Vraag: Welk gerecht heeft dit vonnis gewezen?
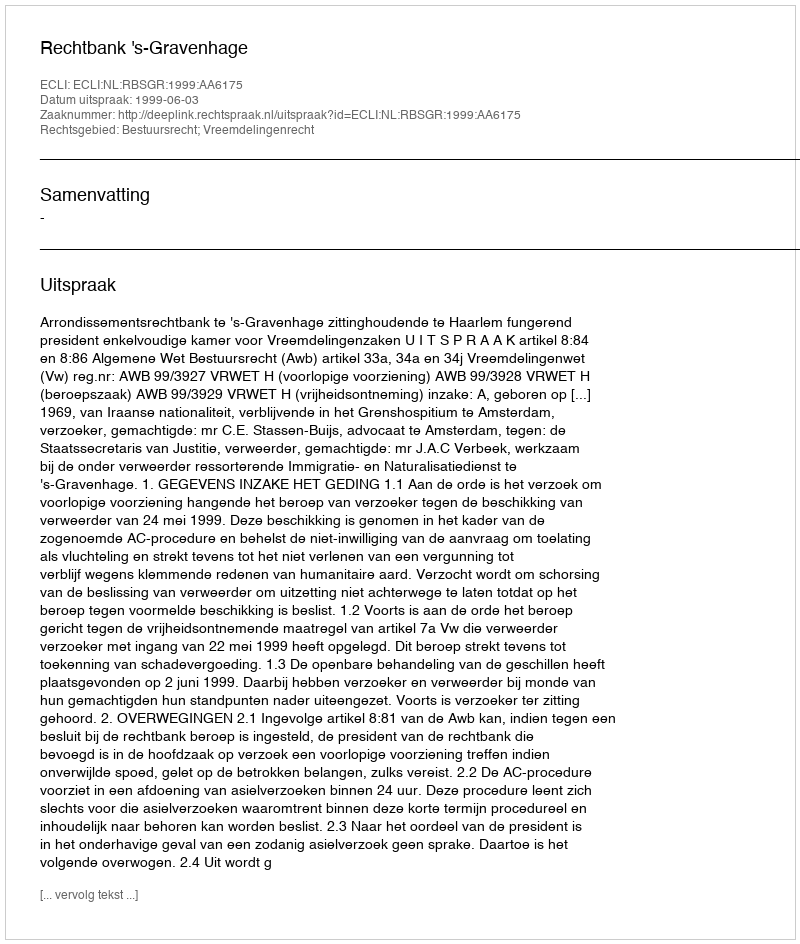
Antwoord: Rechtbank 's-Gravenhage